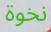
نخوة